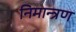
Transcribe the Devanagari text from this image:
निमान्त्रण